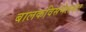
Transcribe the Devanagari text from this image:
बालकविसंमेलनात